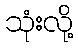
သုံးလို့